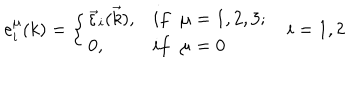
LaTeX: e _ { i } ^ { \mu } ( k ) = \left\{ \begin{array} { l l } { { \vec { \varepsilon } _ { i } ( \vec { k } ) , } } & { { i f \; \; \mu = 1 , 2 , 3 ; } } \\ { { 0 , } } & { { i f \; \; \mu = 0 } } \\ \end{array} \right. i = 1 , 2